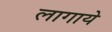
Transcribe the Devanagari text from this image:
लागाये